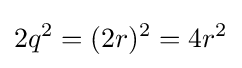
2q^{2}=(2r)^{2}=4r^{2}